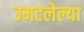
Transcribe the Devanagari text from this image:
उमटलेल्या